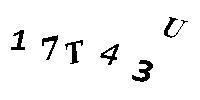
17T43U